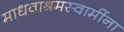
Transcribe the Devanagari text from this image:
माधवाश्रमस्वामींना